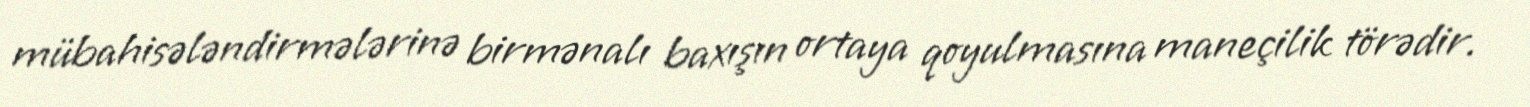
mübahisələndirmələrinə birmənalı baxışın ortaya qoyulmasına maneçilik törədir.